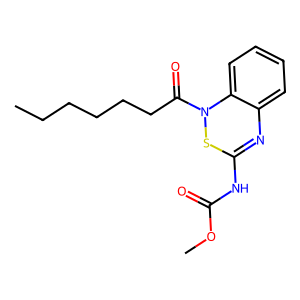
SMILES: CCCCCCC(=O)N1SC(NC(=O)OC)=Nc2ccccc21
Inhibits HIV replication: No